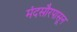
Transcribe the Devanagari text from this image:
मंदसौरपासून